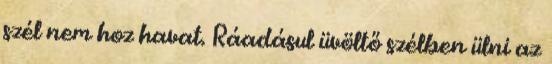
szél nem hoz havat. Ráadásul üvöltő szélben ülni az